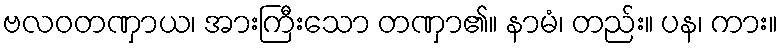
ဗလဝတဏှာယ၊ အားကြီးသော တဏှာ၏။ နာမံ၊ တည်း။ ပန၊ ကား။